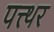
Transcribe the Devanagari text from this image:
पत्त्थर